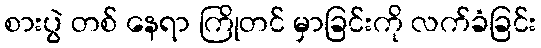
စားပွဲ တစ် နေရာ ကြိုတင် မှာခြင်းကို လက်ခံခြင်း